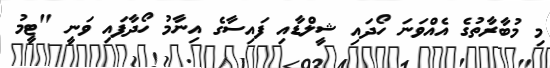
މި މުބާރާތުގެ އެއްވަނަ ހޯދައި ޝީލްޑާއި ފައިސާގެ އިނާމު ހޯދާފައި ވަނީ "ޓީމު